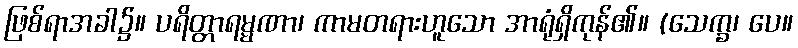
ဖြစ်ရာအခါ၌။ ပရိတ္တာရမ္မဏာ၊ ကာမတရားဟူသော အာရုံရှိကုန်၏။ (သေက္ခ၊ ပေ။